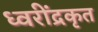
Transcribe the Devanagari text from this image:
ध्वरींद्रकृत